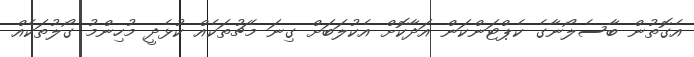
އެގޮތުން ބާސެލޯނާގެ ކެޕްޓަންކަން އަދާކޮށް އެކުލަބަށް ގިނަ މެޗުތަކެއް ކުޅެދީ މުހިންމު ގޯލުތަކެއް